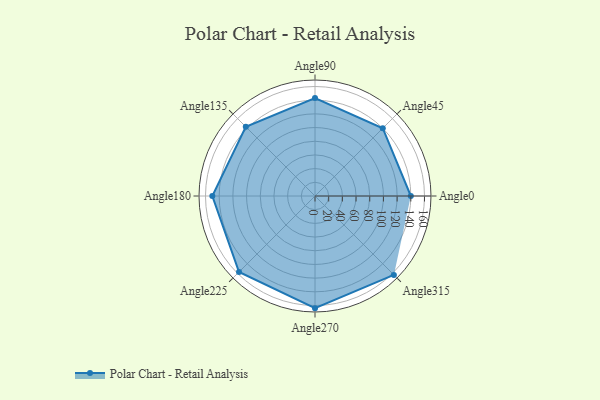
{"axis": {"x": "Angle", "y": "Radius"}, "legend": [""], "data": [{"x": "Angle0", "y": 140.0, "type": ""}, {"x": "Angle45", "y": 140.0, "type": ""}, {"x": "Angle90", "y": 143.0, "type": ""}, {"x": "Angle135", "y": 143.0, "type": ""}, {"x": "Angle180", "y": 150.0, "type": ""}, {"x": "Angle225", "y": 157.0, "type": ""}, {"x": "Angle270", "y": 164.0, "type": ""}, {"x": "Angle315", "y": 163.0, "type": ""}]}